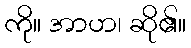
ကို။ အာဟ၊ ဆို၏။